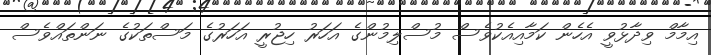
އިމާމް ވިދާޅުވީ އެހެން ކަމާއިއެކުވެސް މުސްލިމުންގެ އަހަރު ހިޖުރީ އަހަރުގެ މަސްތަކުގެ ނަންތައްވެސް